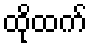
ထိုထက်